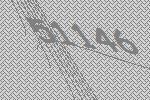
51146